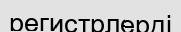
регистрлерді